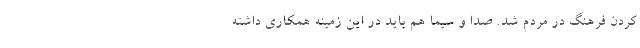
کردن فرهنگ در مردم شد. صدا و سیما هم باید در این زمینه همکاری داشته